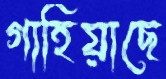
গাহিয়াছে